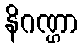
နိဂဏ္ဌာ